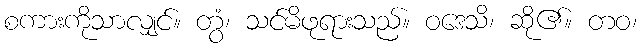
စကားကိုသာလျှင်။ တွံ၊ သင်မိဖုရားသည်။ ဝဒေသိ၊ ဆို၏။ တဝ၊